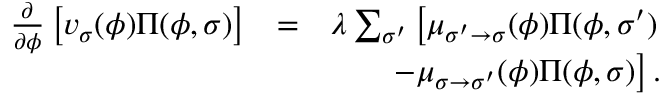
\begin{array} { r l r } { \frac { \partial } { \partial \phi } \left[ v _ { \sigma } ( \phi ) \Pi ( \phi , \sigma ) \right] } & { = } & { \lambda \sum _ { \sigma ^ { \prime } } \left[ \mu _ { \sigma ^ { \prime } \to \sigma } ( \phi ) \Pi ( \phi , \sigma ^ { \prime } ) \right. } \\ & { } & { \left. - \mu _ { \sigma \to \sigma ^ { \prime } } ( \phi ) \Pi ( \phi , \sigma ) \right] . } \end{array}